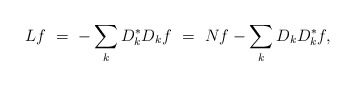
\begin{align*}Lf\ =\ -\sum_k D_k^*D_kf\ =\ Nf-\sum_k D_kD_k^*f,\end{align*}